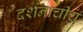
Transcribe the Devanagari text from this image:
दर्शनाचीच